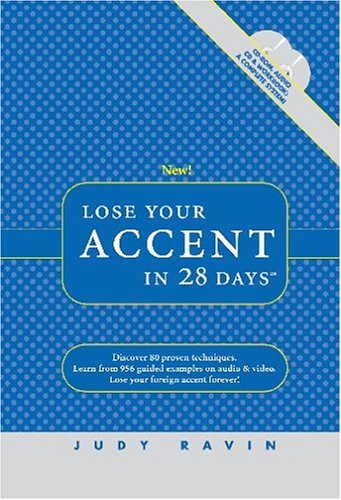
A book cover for Lose Your Accent in 28 Days (CD-ROM for Windows, Audio CD, and Workbook); Judy Ravin; Reference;